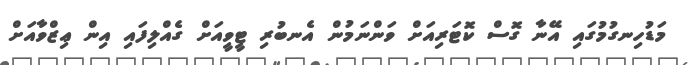
މަޑުހިނގުމުގައި އޭނާ ގޮސް ކޮޓަރިއަށް ވަންނަމުން އެނބުރި ޓީވީއަށް ގެއްލިފައި އިން ޢިޒްވާއަށް